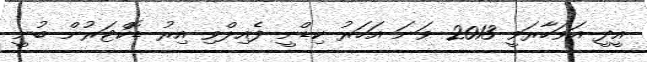
އީދީ އަވަހާރަވީ 2013 ވަނަ އަހަރު ކިޑްނީ ފެއިލްވި އިރު ޑޮކްޓަރުން ބުނީ